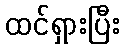
ထင်ရှားပြီး